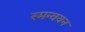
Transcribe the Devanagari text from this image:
स्मन्वयन